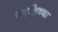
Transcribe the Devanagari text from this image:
समृद्धिच्या